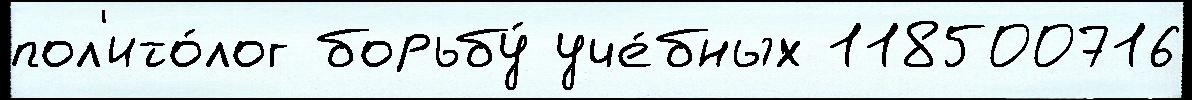
пол'ито́лог борьбу́ уче́бных 118500716